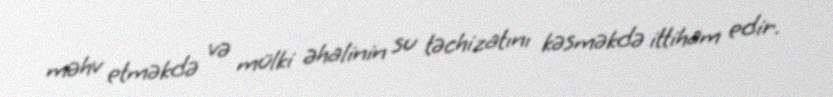
məhv etməkdə və mülki əhalinin su təchizatını kəsməkdə ittiham edir.